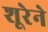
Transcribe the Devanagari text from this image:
शूरेने